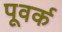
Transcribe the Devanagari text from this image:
पूवर्क